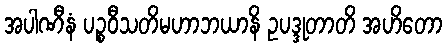
အပါဏီနံ ပဉ္စဝီသတိမဟာဘယာနိ ဥပဒ္ဒုတာတိ အဟိတော